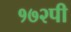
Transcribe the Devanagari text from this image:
१७२पी